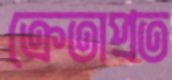
ক্রেতাপ্রত